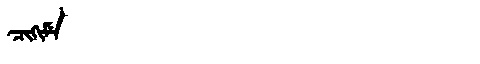
Manchu: ᠴᡳᡴᡳᠮᡝ
Romanization: CIKIME